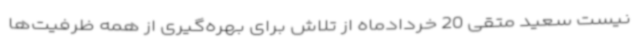
نیست سعید متقی 20 خردادماه از تلاش برای بهره‌گیری از همه ظرفیت‌ها